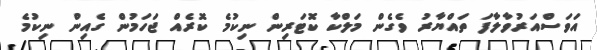
އަވަސްއަރުވާލާފަ ތައްޔާރު ވެގެން މަލްކާ ކޮޓަރިން ނިކުމެ ކޮރެއް ޖަހަމުން ގެއިން ނިކުމެ